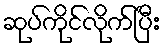
ဆုပ်ကိုင်လိုက်ပြီး